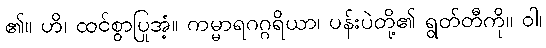
၏။ ဟိ၊ ထင်စွာပြုအံ့။ ကမ္မာရဂဂ္ဂရိယာ၊ ပန်းပဲတို့၏ ရွတ်တီကို။ ဝါ၊